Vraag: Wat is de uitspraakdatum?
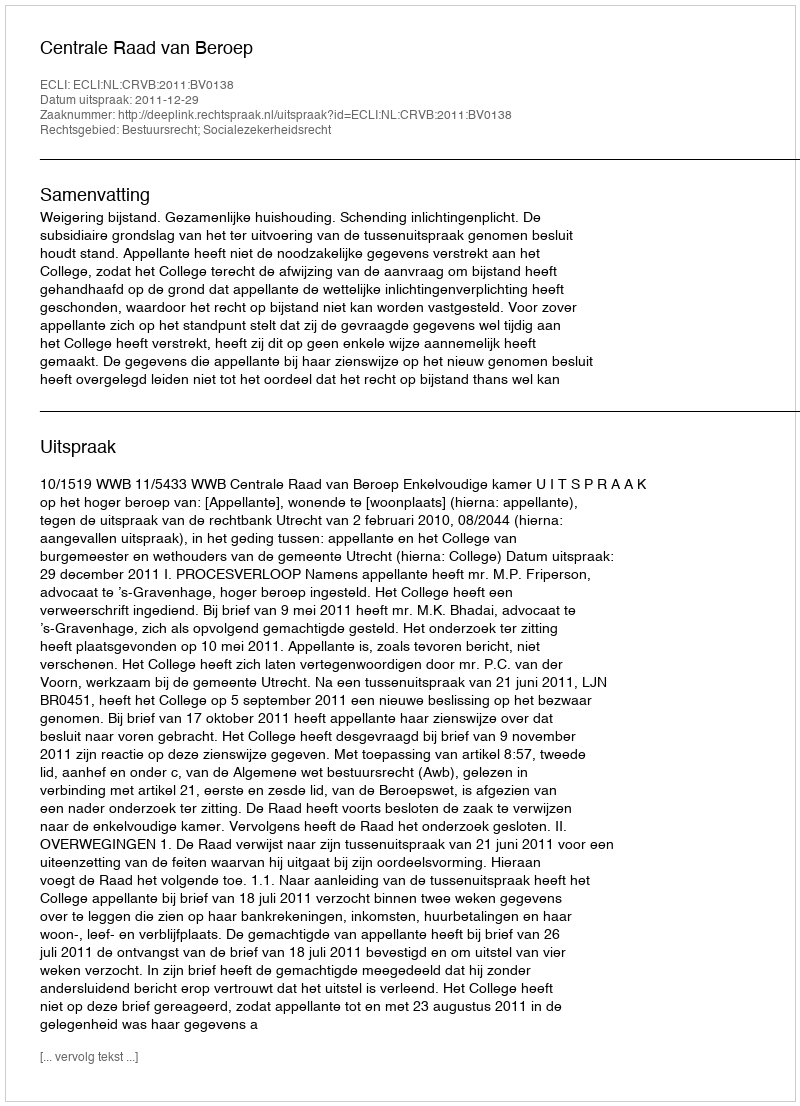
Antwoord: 2011-12-29